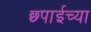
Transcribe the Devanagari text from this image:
छ्पाईच्या